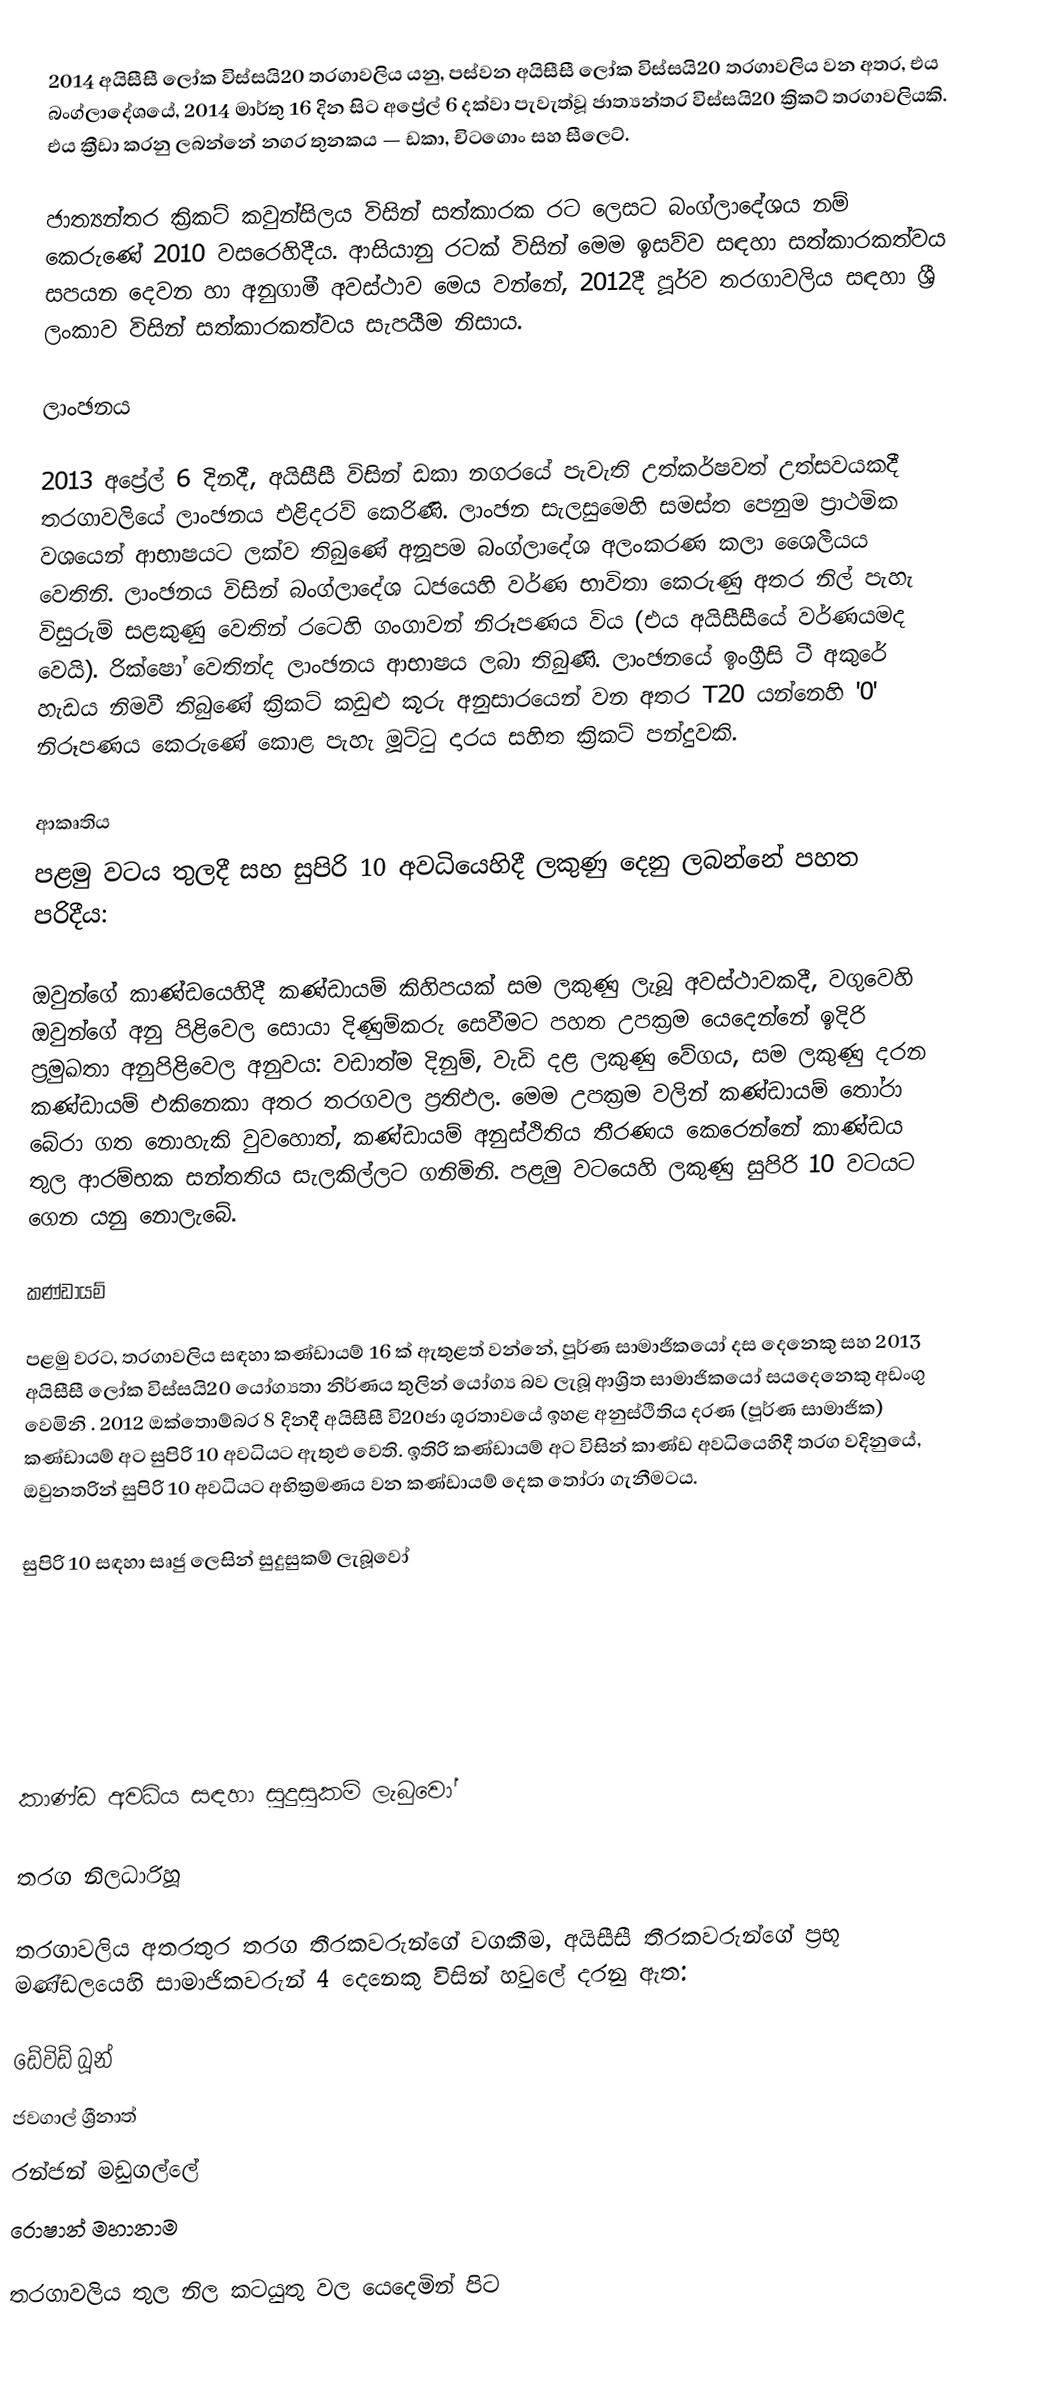
2014 අයිසීසී ලෝක විස්සයි20 තරගාවලිය යනු,  පස්වන  අයිසීසී ලෝක විස්සයි20  තරගාවලිය වන අතර, එය බංග්ලාදේශයේ,  2014 මාර්තු  16 දින සිට අප්‍රේල්  6 දක්වා පැවැත්වූ ජාත්‍යන්තර විස්සයි20 ක්‍රිකට් තරගාවලියකි. එය ක්‍රීඩා කරනු ලබන්නේ නගර තුනකය — ඩකා, චිටගොං සහ සීලෙට්.

ජාත්‍යන්තර ක්‍රිකට් කවුන්සිලය විසින් සත්කාරක රට ලෙසට බංග්ලාදේශය නම් කෙරුණේ 2010 වසරෙහිදීය. ආසියානු රටක් විසින් මෙම ඉසව්ව සඳහා සත්කාරකත්වය සපයන දෙවන හා අනුගාමී අවස්ථාව මෙය වන්නේ,  2012දී පූර්ව තරගාවලිය සඳහා ශ්‍රී  ලංකාව විසින් සත්කාරකත්වය සැපයීම නිසාය.

ලාංඡනය

2013 අප්‍රේල් 6 දිනදී, අයිසීසී විසින් ඩකා නගරයේ පැවැති උත්කර්ෂවත් උත්සවයකදී තරගාවලියේ ලාංඡනය එළිදරව් කෙරිණි. ලාංඡන සැලසුමෙහි සමස්ත පෙනුම ප්‍රාථමික වශයෙන් ආභාෂයට ලක්ව තිබුණේ අනූපම බංග්ලාදේශ අලංකරණ කලා ශෛලීයය වෙතිනි. ලාංඡනය විසින්  බංග්ලාදේශ ධජයෙහි වර්ණ භාවිතා කෙරුණු අතර නිල් පැහැ විසුරුම් සළකුණු වෙතින් රටෙහි ගංගාවන් නිරූපණය විය (එය අයිසීසීයේ වර්ණයමද වෙයි). රික්ෂෝ වෙතින්ද ලාංඡනය ආභාෂය ලබා තිබුණි. ලාංඡනයේ ඉංග්‍රීසි ටී අකුරේ හැඩය නිමවී තිබුණේ ක්‍රිකට් කඩුළු කූරු අනුසාරයෙන් වන අතර T20 යන්නෙහි  '0' නිරූපණය කෙරුණේ කොළ පැහැ  මූට්ටු දාරය සහිත ක්‍රිකට් පන්දුවකි.

ආකෘතිය
පළමු වටය තුලදී සහ සුපිරි 10 අවධියෙහිදී ලකුණු දෙනු ලබන්නේ පහත පරිදීය:

ඔවුන්ගේ කාණ්ඩයෙහිදී කණ්ඩායම් කිහිපයක් සම ලකුණු ලැබූ අවස්ථාවකදී, වගුවෙහි ඔවුන්ගේ අනු පිළිවෙල සොයා දිණුම්කරු සෙවීමට   පහත උපක්‍රම යෙදෙන්නේ ඉදිරි ප්‍රමුඛතා අනුපිළිවෙල අනුවය: වඩාත්ම දිනුම්, වැඩි දළ ලකුණු වේගය, සම ලකුණු දරන කණ්ඩායම් එකිනෙකා අතර තරගවල ප්‍රතිඵල. මෙම උපක්‍රම වලින් කණ්ඩායම් තෝරා බේරා ගත නොහැකි වුවහොත්,  කණ්ඩායම් අනුස්ථිතිය තීරණය කෙරෙන්නේ කාණ්ඩය තුල ආරම්භක සන්තතිය සැලකිල්ලට ගනිමිනි. පළමු වටයෙහි ලකුණු සුපිරි 10 වටයට ගෙන යනු නොලැබේ.

කණ්ඩායම්

පළමු වරට, තරගාවලිය සඳහා කණ්ඩායම් 16 ක් ඇතුළත් වන්නේ,   පූර්ණ සාමාජිකයෝ දස දෙනෙකු සහ 2013 අයිසීසී ලෝක විස්සයි20 යෝග්‍යතා නිර්ණය තුලින් යෝග්‍ය බව ලැබූ ආශ්‍රිත සාමාජිකයෝ  සයදෙනෙකු අඩංගු වෙමිනි . 2012 ඔක්තොම්බර 8 දිනදී  අයිසීසී වි20ජා ශූරතාවයේ ඉහළ අනුස්ථිතිය දරණ (පූර්ණ සාමාජික) කණ්ඩායම් අට  සුපිරි 10 අවධියට ඇතුළු වෙති. ඉතිරි කණ්ඩායම් අට විසින්  කාණ්ඩ අවධියෙහිදී තරග වදිනුයේ, ඔවුනතරින්  සුපිරි 10 අවධියට අභික්‍රමණය වන කණ්ඩායම් දෙක තෝරා ගැනීමටය.

 සුපිරි 10 සඳහා සෘජු ලෙසින් සුදුසුකම් ලැබූවෝ

 කාණ්ඩ අවධිය සඳහා සුදුසුකම් ලැබුවෝ

තරග නිලධාරිහූ

තරගාවලිය අතරතුර තරග තීරකවරුන්ගේ වගකීම,   අයිසීසී තීරකවරුන්ගේ ප්‍රභූ  මණ්ඩලයෙහි සාමාජිකවරුන් 4 දෙනෙකු විසින් හවුලේ දරනු ඇත:

  ඩේවිඩ් බූන්
  ජවගාල් ශ්‍රීනාත්
  රන්ජන් මඩුගල්ලේ
  රොෂාන් මහානාම

තරගාවලිය තුල නිල කටයුතු වල යෙදෙමින් පිට